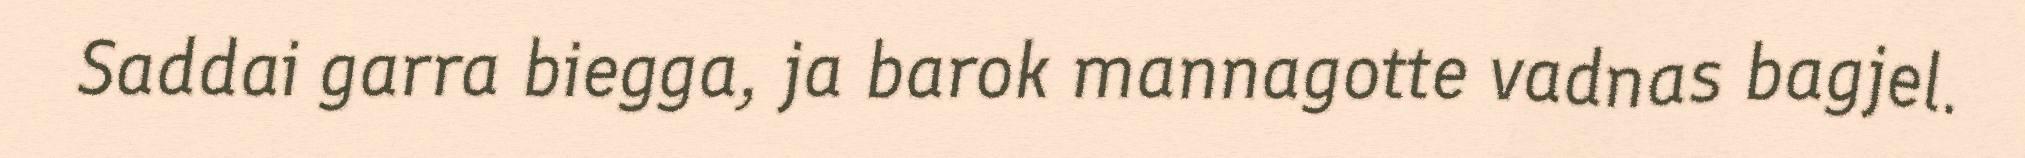
Saddai garra biegga, ja barok mannagotte vadnas bagjel.